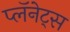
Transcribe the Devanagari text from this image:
प्लॅनेट्स